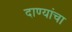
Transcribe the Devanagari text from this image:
दाण्यांचा